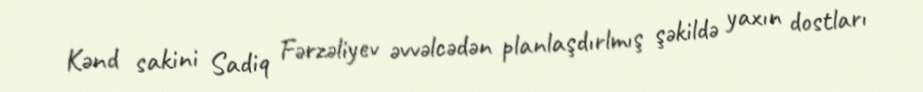
Kənd sakini Sadiq Fərzəliyev əvvəlcədən planlaşdırlmış şəkildə yaxın dostları